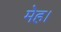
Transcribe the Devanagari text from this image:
मेह।